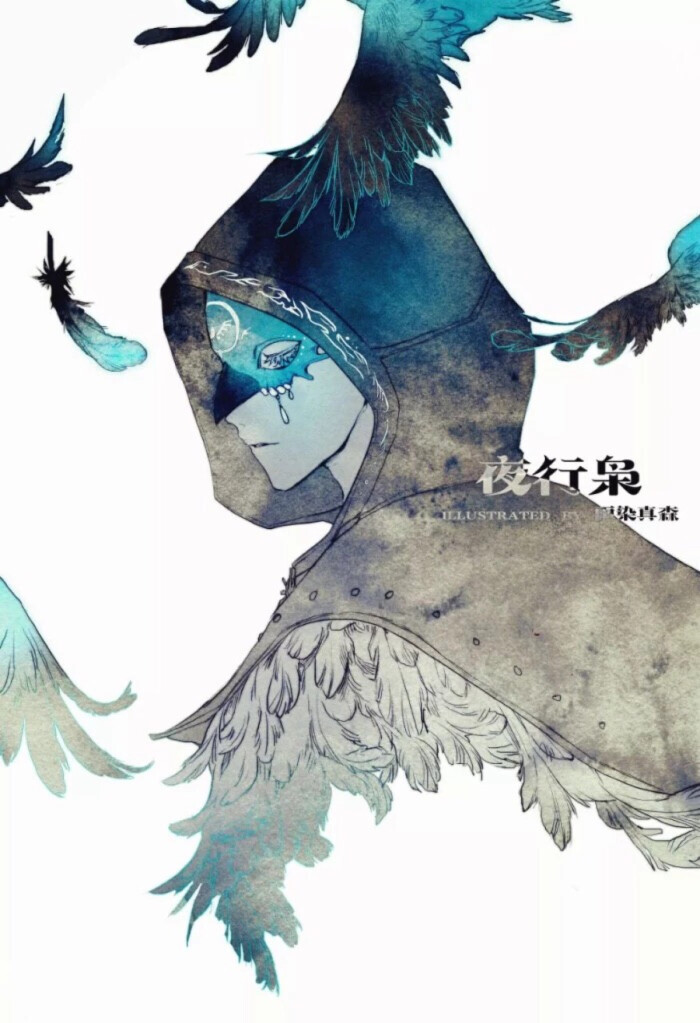
祸福将至，善必先知之不善，必先知之。故至诚如神。